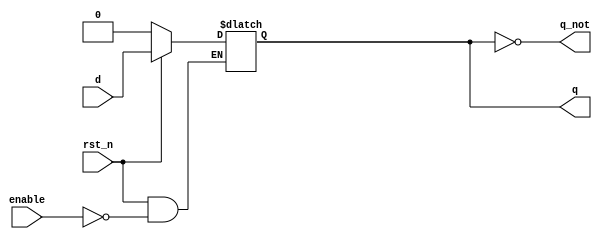
`timescale 1us/1ns

module d_latch_rstn(
  input d,
  input enable,
  input rst_n,
  output q,
  output q_not 
);
  
  reg dlatch;
  
  always @(enable or d or rst_n) begin 
    if (!rst_n)
      dlatch <= 1'b0;
    else if (enable)
      dlatch <= d;
  end 
  
  assign q = dlatch;
  assign q_not = ~q;
  
endmodule